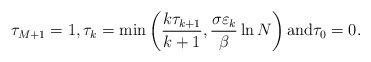
\begin{align*}\tau_{M+1}=1,\tau_k=\min \left(\frac{k\tau_{k+1}}{k+1},\frac{\sigma\varepsilon_{k}}{\beta}\ln N\right){\rm and} \tau_{0}=0.\end{align*}